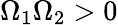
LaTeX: \Omega_{1}\Omega_{2}>0